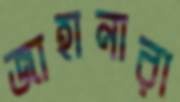
জাহানারা